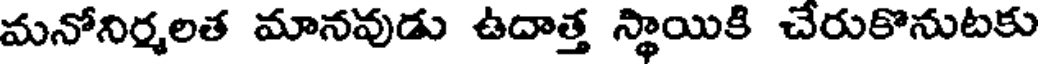
మనోనిర్మలత మానవుడు ఉదాత్త స్థాయికి చేరుకొనుటకు